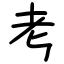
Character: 考